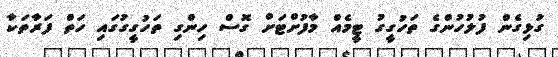
ގުޅިގެން ފުލުހުންގެ ތަހުގީގު ޓީމެއް މާފުށްޓަށް ގޮސް ހިންގި ތަހުގީގުގައި ހަތް ފަރާތަކާ